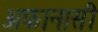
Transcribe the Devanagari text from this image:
अफानासी